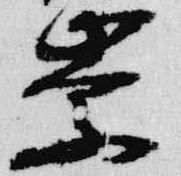
崇